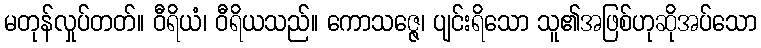
မတုန်လှုပ်တတ်။ ဝီရိယံ၊ ဝီရိယသည်။ ကောသဇ္ဇေ၊ ပျင်းရိသော သူ၏အဖြစ်ဟုဆိုအပ်သော